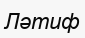
Ләтиф